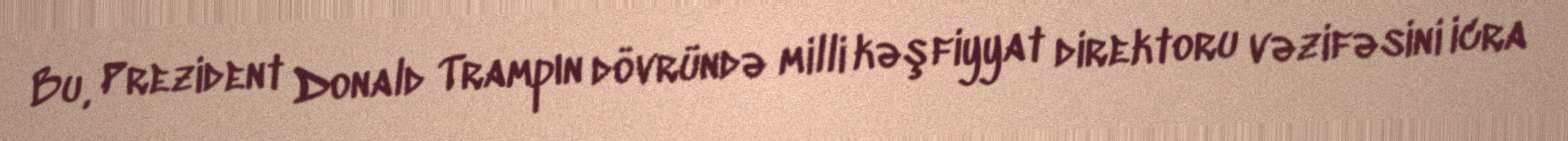
Bu, Prezident Donald Trampın dövründə milli kəşfiyyat direktoru vəzifəsini icra